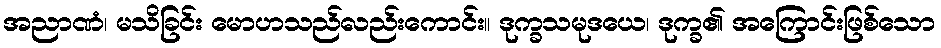
အညာဏံ၊ မသိခြင်း မောဟသည်လည်းကောင်း။ ဒုက္ခသမုဒယေ၊ ဒုက္ခ၏ အကြောင်းဖြစ်သော